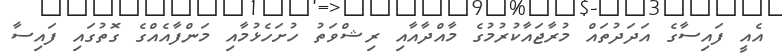
އެއީ ފައިސާގެ އަދަދުތައް މުރާޖައާކުރުމުގެ މާއްދާއާއި ރިޝްވަތު ހުށަހެޅުމާއި މަންފާއެއްގެ ގޮތުގައި ފައިސާ